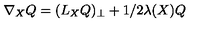
\nabla _ { X } Q = ( L _ { X } Q ) _ { \perp } + 1 / 2 \lambda ( X ) Q